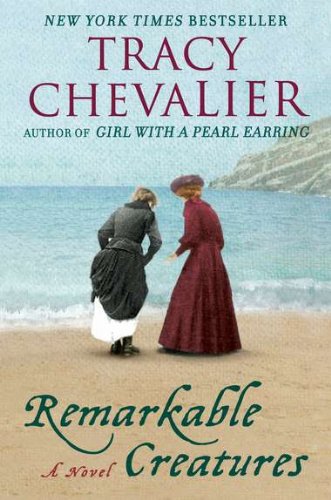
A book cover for Remarkable Creatures: A Novel; Tracy Chevalier; Literature & Fiction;